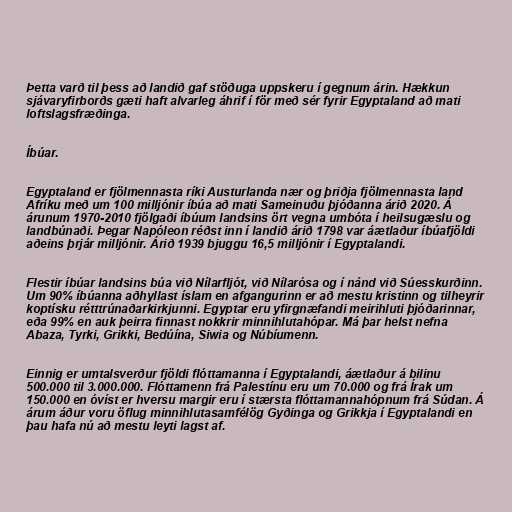
Þetta varð til þess að landið gaf stöðuga uppskeru í gegnum árin. Hækkun
sjávaryfirborðs gæti haft alvarleg áhrif í för með sér fyrir Egyptaland að mati
loftslagsfræðinga.

Íbúar.

Egyptaland er fjölmennasta ríki Austurlanda nær og þriðja fjölmennasta land
Afríku með um 100 milljónir íbúa að mati Sameinuðu þjóðanna árið 2020. Á
árunum 1970-2010 fjölgaði íbúum landsins ört vegna umbóta í heilsugæslu og
landbúnaði. Þegar Napóleon réðst inn í landið árið 1798 var áætlaður íbúafjöldi
aðeins þrjár milljónir. Árið 1939 bjuggu 16,5 milljónir í Egyptalandi.

Flestir íbúar landsins búa við Nílarfljót, við Nílarósa og í nánd við Súesskurðinn.
Um 90% íbúanna aðhyllast íslam en afgangurinn er að mestu kristinn og tilheyrir
koptísku rétttrúnaðarkirkjunni. Egyptar eru yfirgnæfandi meirihluti þjóðarinnar,
eða 99% en auk þeirra finnast nokkrir minnihlutahópar. Má þar helst nefna
Abaza, Tyrki, Grikki, Bedúína, Siwia og Núbíumenn.

Einnig er umtalsverður fjöldi flóttamanna í Egyptalandi, áætlaður á bilinu
500.000 til 3.000.000. Flóttamenn frá Palestínu eru um 70.000 og frá Írak um
150.000 en óvíst er hversu margir eru í stærsta flóttamannahópnum frá Súdan. Á
árum áður voru öflug minnihlutasamfélög Gyðinga og Grikkja í Egyptalandi en
þau hafa nú að mestu leyti lagst af.